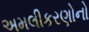
અમલીકરણોનો